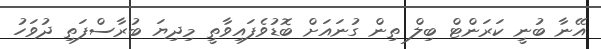
އޭނާ ބުނީ ކަރަންޓް ބިލް ތިން ގުނައަށް ބޮޑުވެފައިވާތީ މިދިޔަ ބުރާސްފަތި ދުވަހު